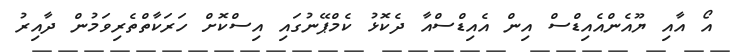
އޯ އާއި ޔޫއެންއެއިޑްސް އިން އެއިޑްސްއާ ދެކޮޅު ކެމްޕޭނުގައި އިސްކޮށް ހަރަކާތްތެރިވަމުން ދާއިރު